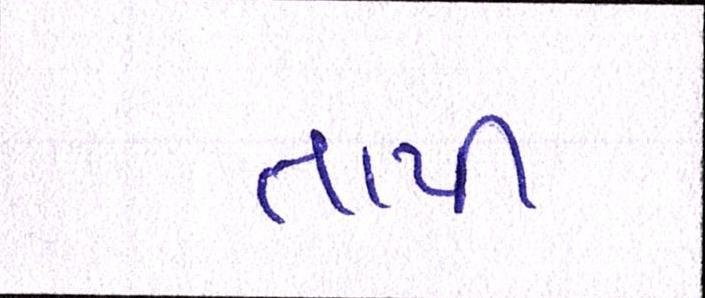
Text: તાપી